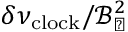
\delta \nu _ { \mathrm { c l o c k } } / \mathcal { B } _ { \perp } ^ { 2 }